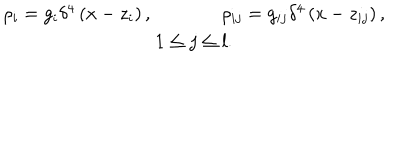
\begin{array} { c } { { \rho _ { i } = g _ { i } \delta ^ { 4 } \left( x - z _ { i } \right) , \, \, \, \, \, \, \, \, \, \, \, \, \, \, \, \, \, \, \, \, \, \, \rho _ { i j } = g _ { i j } \delta ^ { 4 } \left( x - z _ { i j } \right) , } } \\ { { 1 \leq j \leq l . } } \\ \end{array}